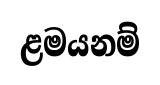
ළමයනම්